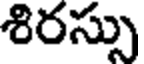
శిరస్సు